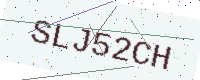
Text: SLJ52CH